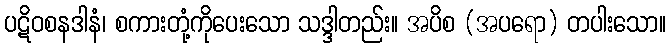
ပဋိဝစနဒါနံ၊ စကားတုံ့ကိုပေးသော သဒ္ဒါတည်း။ အပိစ (အပရော) တပါးသော။